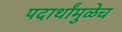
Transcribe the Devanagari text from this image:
पदार्थांमुळेच